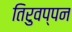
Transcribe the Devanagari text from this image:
तिरुवप्पन